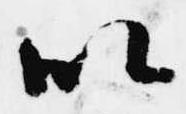
以